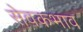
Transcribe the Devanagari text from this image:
सेवकभाव